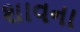
શાવના